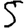
Digit: 5